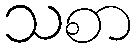
သစာ